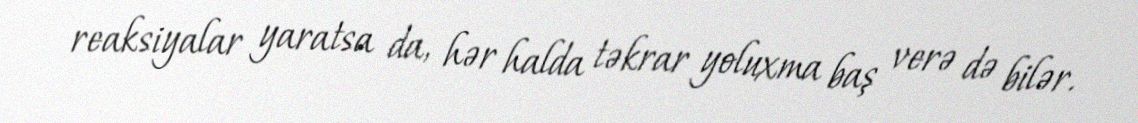
reaksiyalar yaratsa da, hər halda təkrar yoluxma baş verə də bilər.